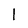
Character: l